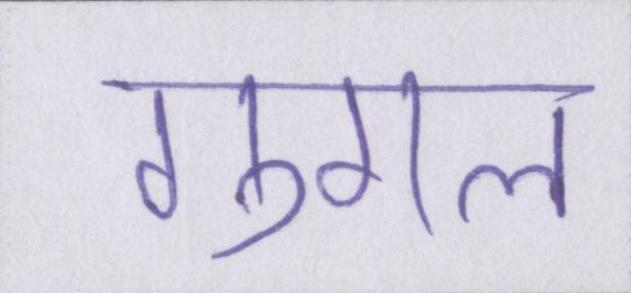
गुगल